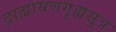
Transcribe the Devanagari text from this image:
द्राह्यायणगृह्यसूत्र